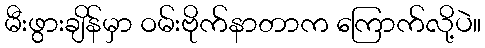
မီးဖွားချိန်မှာ ဝမ်းဗိုက်နာတာက ကြောက်လို့ပဲ။